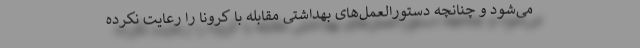
می‌شود و چنانچه دستورالعمل‌های بهداشتی مقابله با کرونا را رعایت نکرده